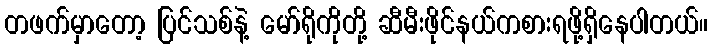
တဖက်မှာတော့ ပြင်သစ်နဲ့ မော်ရိုကိုတို့ ဆီမီးဖိုင်နယ်ကစားရဖို့ရှိနေပါတယ်။